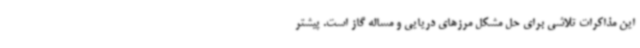
این مذاکرات تلاشی برای حل مشکل مرزهای دریایی و مساله گاز است. پیشتر